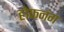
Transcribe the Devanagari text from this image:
होफनंग